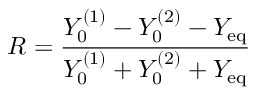
R = \frac { Y _ { 0 } ^ { ( 1 ) } - Y _ { 0 } ^ { ( 2 ) } - Y _ { \mathrm { e q } } } { Y _ { 0 } ^ { ( 1 ) } + Y _ { 0 } ^ { ( 2 ) } + Y _ { \mathrm { e q } } }